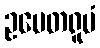
ဥပေတရူပံ